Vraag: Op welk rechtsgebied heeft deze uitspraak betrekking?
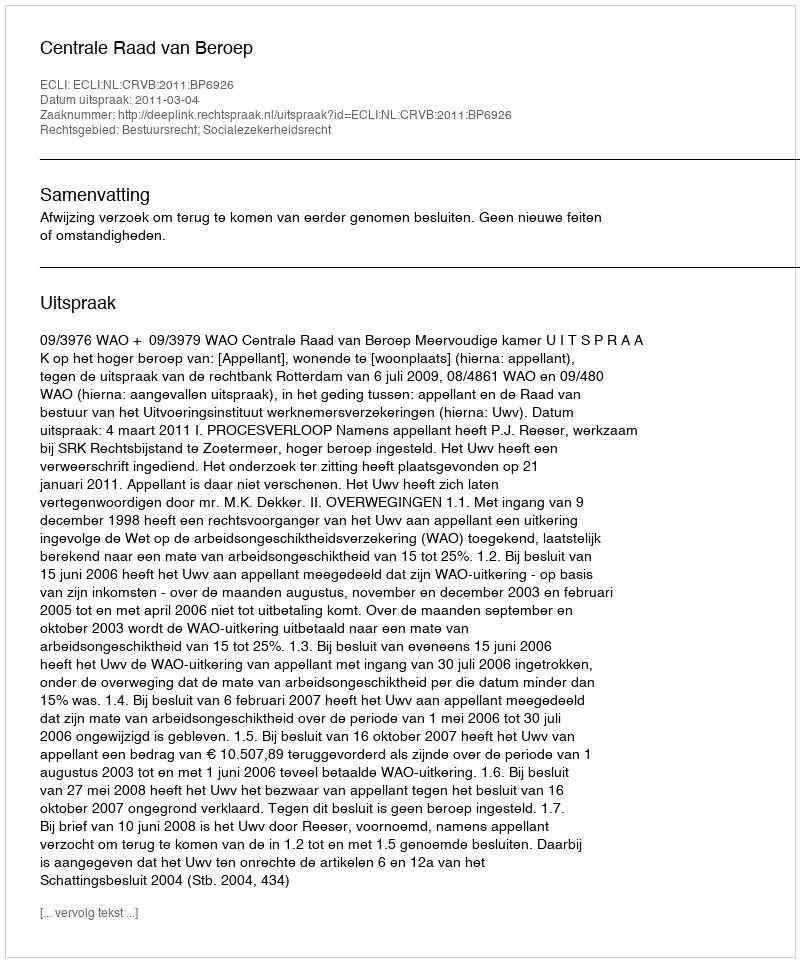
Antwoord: Bestuursrecht; Socialezekerheidsrecht